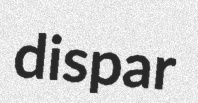
dispar